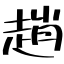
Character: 趙